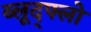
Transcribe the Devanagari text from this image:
ब्लूद्फ्लो